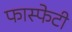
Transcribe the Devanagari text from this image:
फास्फेटी